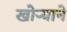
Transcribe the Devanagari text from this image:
खोऱ्याने